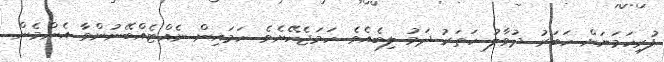
ފުރިހަމަޔަށް ހަބަރު ދުވާލު ހަތަރު ދަމު ލިބެއެވެ. ހަމަޖެހޭށެވެ. ހަމައިން ނެއްޓެއްބޭނުންވާ އެންމެން